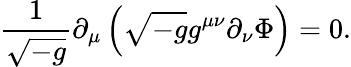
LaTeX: \frac{1}{\sqrt{-g}}\partial_{\mu}\left(\sqrt{-g}g^{\mu\nu}\partial_{\nu}\Phi\right)=0.